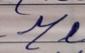
Signature authenticity: forged